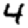
Digit: 4